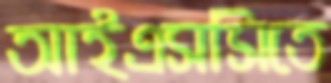
আইএসসিতে